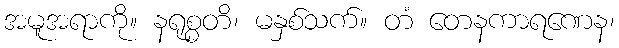
အမူအရာကို။ နရုစ္စတိ၊ မနှစ်သက်။ တံ တေနကာရဏေန၊